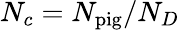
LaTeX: N_{c}=N_{\mathrm{pig}}/N_{D}